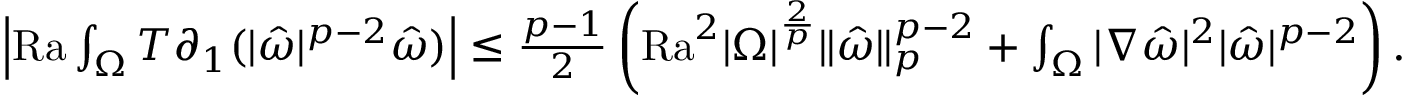
\begin{array} { r } { \left| \mathrm { { R a } } \int _ { \Omega } T \partial _ { 1 } ( | \hat { \omega } | ^ { p - 2 } \hat { \omega } ) \right| \leq \frac { p - 1 } { 2 } \left( { \mathrm { R a } } ^ { 2 } | \Omega | ^ { \frac { 2 } { p } } \| \hat { \omega } \| _ { p } ^ { p - 2 } + \int _ { \Omega } | \nabla \hat { \omega } | ^ { 2 } | \hat { \omega } | ^ { p - 2 } \right) . } \end{array}